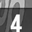
Digit: 4